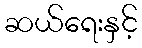
ဆယ်ရေးနှင့်